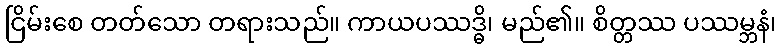
ငြိမ်းစေ တတ်သော တရားသည်။ ကာယပဿဒ္ဓိ၊ မည်၏။ စိတ္တဿ ပဿမ္ဘနံ၊